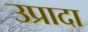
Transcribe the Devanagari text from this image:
उप्रादा